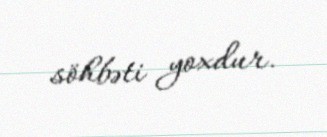
söhbəti yoxdur.